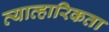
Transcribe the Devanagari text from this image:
व्याव्हारिकता